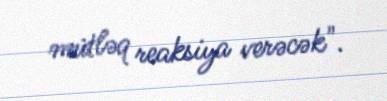
mütləq reaksiya verəcək".